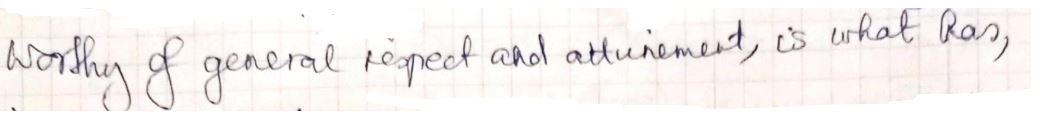
worthy of general respect and attainment, is what has,